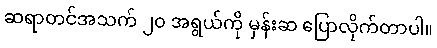
ဆရာတင်အသက် ၂၀ အရွယ်ကို မှန်းဆ ပြောလိုက်တာပါ။